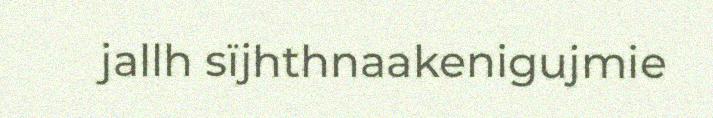
jallh sïjhthnaakenigujmie